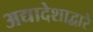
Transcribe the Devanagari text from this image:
अद्यादेशाद्वारे